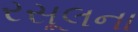
રસૂલના